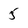
Character: 5